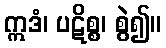
ဣဒံ၊ ပဋိစ္စ၊ စွဲ၍။